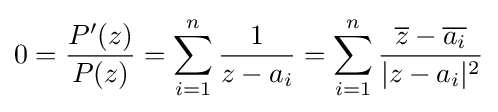
0={\frac {P^{\prime }(z)}{P(z)}}=\sum _{i=1}^{n}{\frac {1}{z-a_{i}}}=\sum _{i=1}^{n}{\frac {{\overline {z}}-{\overline {a_{i}}}}{|z-a_{i}|^{2}}}